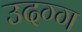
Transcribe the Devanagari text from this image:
उदग्ग